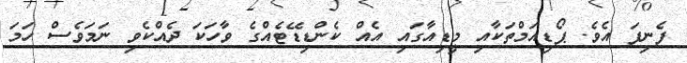
ފެނިފަ އެވެ. ޕޯޑިއަމްތަކާއި މީޑިއާގައި އެއް ކެންޑިޑޭޓެއްގެ ވާހަކަ ދެއްކެވި ނަމަވެސް ހަމަ